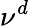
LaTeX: \nu^{d}